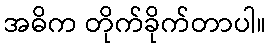
အဓိက တိုက်ခိုက်တာပါ။